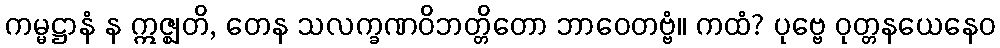
ကမ္မဋ္ဌာနံ န ဣဇ္ဈတိ, တေန သလက္ခဏဝိဘတ္တိတော ဘာဝေတဗ္ဗံ။ ကထံ? ပုဗ္ဗေ ဝုတ္တနယေနေဝ